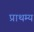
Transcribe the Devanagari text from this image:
प्राथम्य